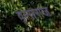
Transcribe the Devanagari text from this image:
वृत्सराज